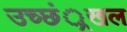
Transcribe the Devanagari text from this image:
उच्छं्रखल